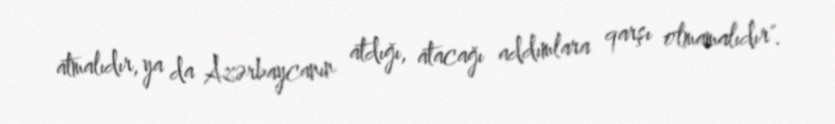
atmalıdır, ya da Azərbaycanın atdığı, atacağı addımlara qarşı olmamalıdır".